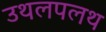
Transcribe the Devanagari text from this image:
उथलपलथ